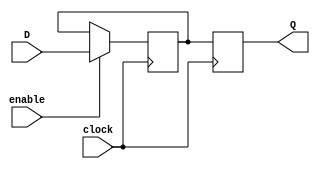
module transparent_latchd_flipflop (
    input wire D,
    input wire enable,
    input wire clock,
    output reg Q
);

reg latch_out;

always @(posedge clock) begin
    if (enable)
        latch_out <= D;
end

always @(posedge clock) begin
    Q <= latch_out;
end

endmodule